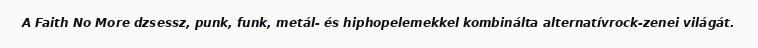
A Faith No More dzsessz, punk, funk, metál- és hiphopelemekkel kombinálta alternatívrock-zenei világát.